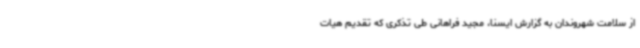
از سلامت شهروندان به گزارش ایسنا، مجید فراهانی طی تذکری که تقدیم هیات